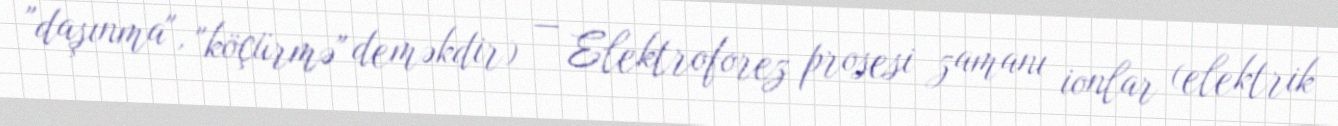
"daşınma", "köçürmə" deməkdir) — Elektroforez prosesi zamanı ionlar (elektrik